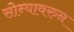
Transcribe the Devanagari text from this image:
सोन्यावरुन